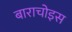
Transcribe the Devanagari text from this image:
बाराचोइस